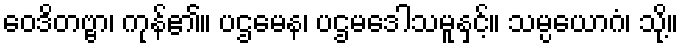
ဝေဒိတဗ္ဗာ၊ ကုန်၏။ ပဌမေန၊ ပဌမဒေါသမူနှင့်။ သမ္ပယောဂံ၊ သို့။